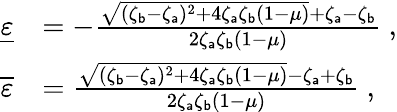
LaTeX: \begin{array}{rl}{\underline{{\varepsilon}}}&{=-\frac{\sqrt{(\zeta_{\mathsf{b}}-\zeta_{\mathsf{a}})^{2}+4\zeta_{\mathsf{a}}\zeta_{\mathsf{b}}(1-\mu)}+\zeta_{\mathsf{a}}-\zeta_{\mathsf{b}}}{2\zeta_{\mathsf{a}}\zeta_{\mathsf{b}}(1-\mu)}\ ,}\\ {\overline{{\varepsilon}}}&{=\frac{\sqrt{(\zeta_{\mathsf{b}}-\zeta_{\mathsf{a}})^{2}+4\zeta_{\mathsf{a}}\zeta_{\mathsf{b}}(1-\mu)}-\zeta_{\mathsf{a}}+\zeta_{\mathsf{b}}}{2\zeta_{\mathsf{a}}\zeta_{\mathsf{b}}(1-\mu)}\ ,}\end{array}